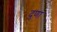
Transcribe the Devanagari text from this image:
दुणा